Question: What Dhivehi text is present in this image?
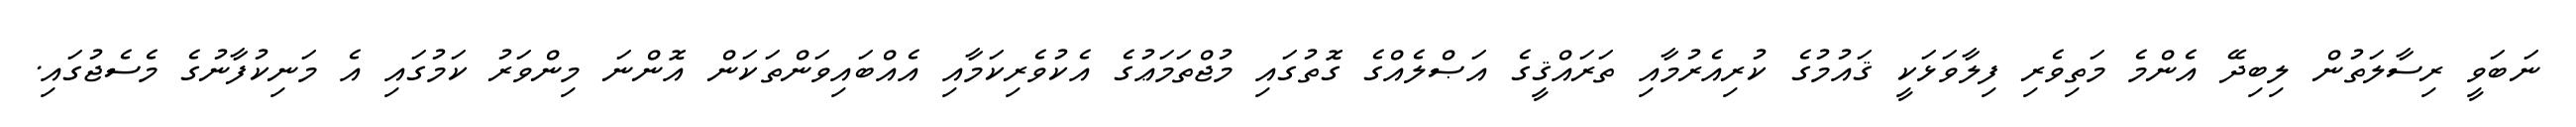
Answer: ނަބަވީ ރިސާލަތުން ލިބިދޭ އެންމެ މަތިވެރި ފިލާވަޅަކީ ޤައުމުގެ ކުރިއެރުމާއި ތަރައްޤީގެ އަޞްލެއްގެ ގޮތުގައި މުޖްތަމަޢުގެ އެކުވެރިކަމާއި އެއްބައިވަންތަކަން އޮންނަ މިންވަރު ކަމުގައި އެ މަނިކުފާނުގެ މެސެޖުގައި.